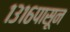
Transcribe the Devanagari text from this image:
१३१६पासून